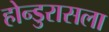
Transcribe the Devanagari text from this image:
होन्डुरासला